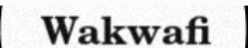
Wakwafi